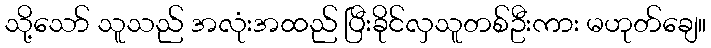
သို့သော် သူသည် အလုံးအထည် ပြီးခိုင်လှသူတစ်ဦးကား မဟုတ်ချေ။